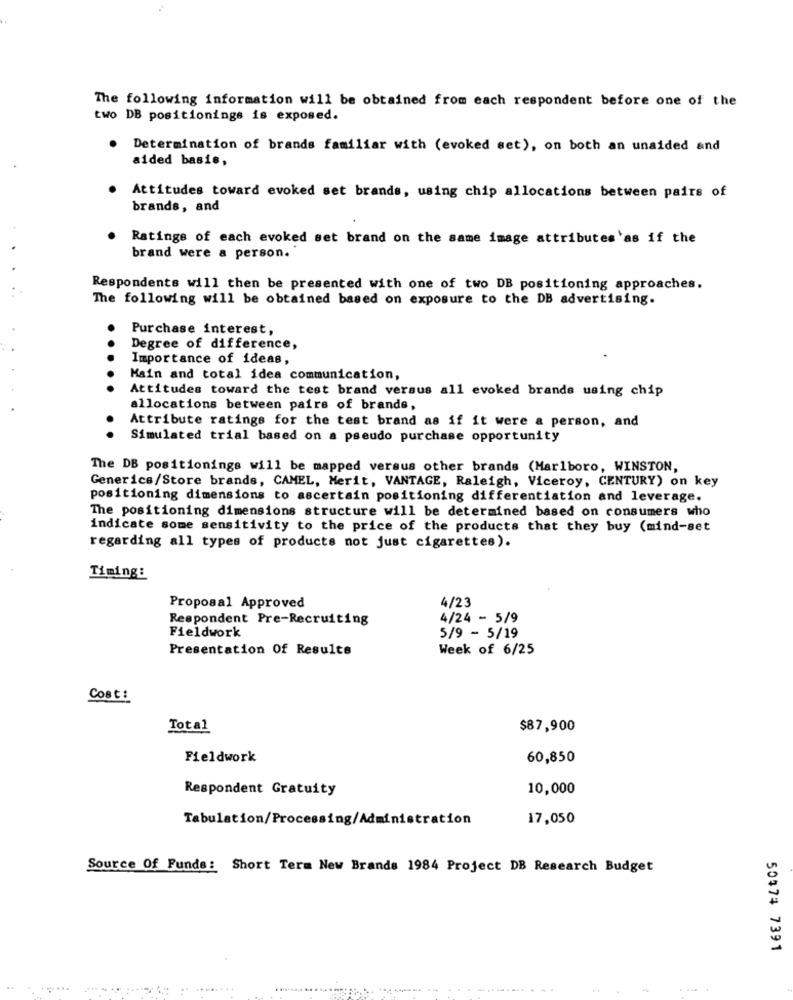
The following information will be obtained from each respondent before one of the
two DB positionings is exposed.
.
Determination of brands familiar with (evoked set), on both an unaided and
aided basis,
Attitudes toward evoked set brands, using chip allocations between pairs of
brands, and
Ratings of each evoked set brand on the same image attributes as if the
brand were a person.
Respondents will then be presented with one of two DB positioning approaches.
The following will be obtained based on exposure to the DB advertising.
Purchase interest,
Degree of difference,
...
Importance of ideas,
Main and total idea communication,
Attitudes toward the test brand versus all evoked brands using chip
allocations between pairs of brands,
Attribute ratings for the test brand as if it were a person, and
Simulated trial based on a pseudo purchase opportunity
The DB positionings will be mapped versus other brands (Marlboro, WINSTON,
Generics/Store brands, CAMEL, Merit, VANTAGE, Raleigh, Viceroy, CENTURY) on key
positioning dimensions to ascertain positioning differentiation and leverage.
The positioning dimensions structure will be determined based on consumers who
indicate some sensitivity to the price of the products that they buy (mind-set
regarding all types of products not just cigarettes).
Timing:
Proposal Approved
4/23
Respondent Pre-Recruiting
4/24 - 5/9
Fieldwork
5/9 - 5/19
Presentation Of Results
Week of 6/25
Cost:
Total
$87,900
Fieldwork
60,850
Respondent Gratuity
10,000
Tabulation/Processing/Administration
17,050
Source Of Funds: Short Term New Brands 1984 Project DB Research Budget
50374 7391
..
------
.....
.....